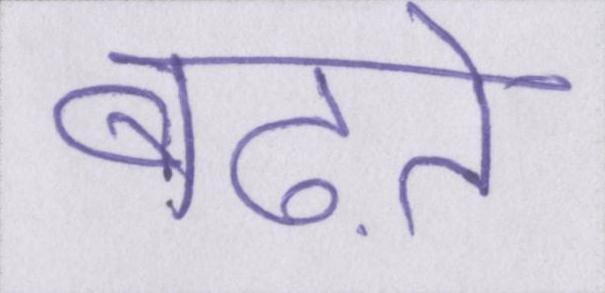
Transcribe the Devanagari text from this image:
बढ़ते